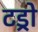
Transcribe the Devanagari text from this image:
टड्रो